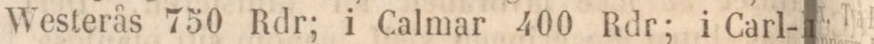
Westerås 750 Rdr; i Calmar 400 Rdr; i Carl-